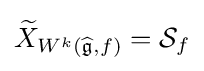
{\widetilde {X}}_{W^{k}({\widehat {\mathfrak {g}}},f)}={\mathcal {S}}_{f}